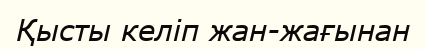
Қысты келіп жан-жағынан